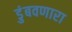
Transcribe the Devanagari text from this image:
डुंबवणारा